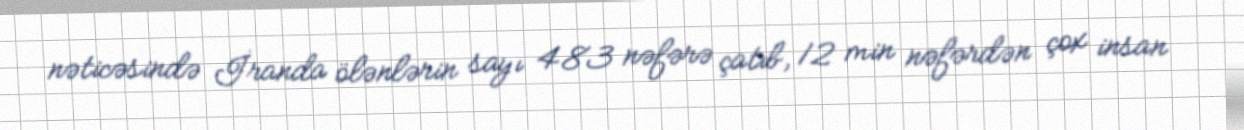
nəticəsində İranda ölənlərin sayı 483 nəfərə çatıb, 12 min nəfərdən çox insan